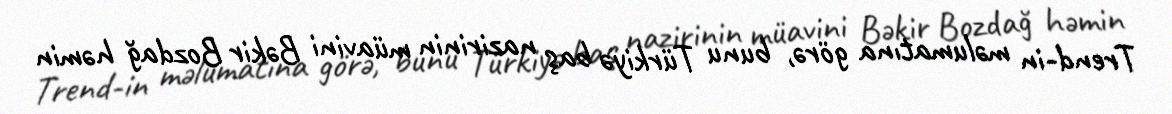
Trend-in məlumatına görə, bunu Türkiyə baş nazirinin müavini Bəkir Bozdağ həmin